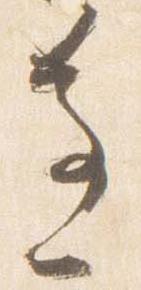
辺